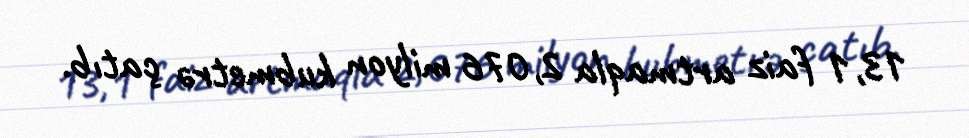
13,1 faiz artmaqla 2,076 milyon kubmetrə çatıb.